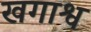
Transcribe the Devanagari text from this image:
खगाश्व